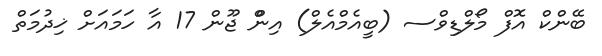
ބޭންކް އޮފް މޯލްޑިވްސ (ބީއެމްއެލް) އިންް ޖޫން 17 އާ ހަމައަށް ޚިދުމަތް